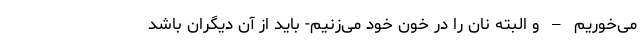
می‌خوریم – و البته نان را در خون خود می‌زنیم- باید از آنِ دیگران باشد